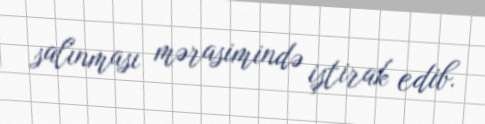
salınması mərasimində iştirak edib.